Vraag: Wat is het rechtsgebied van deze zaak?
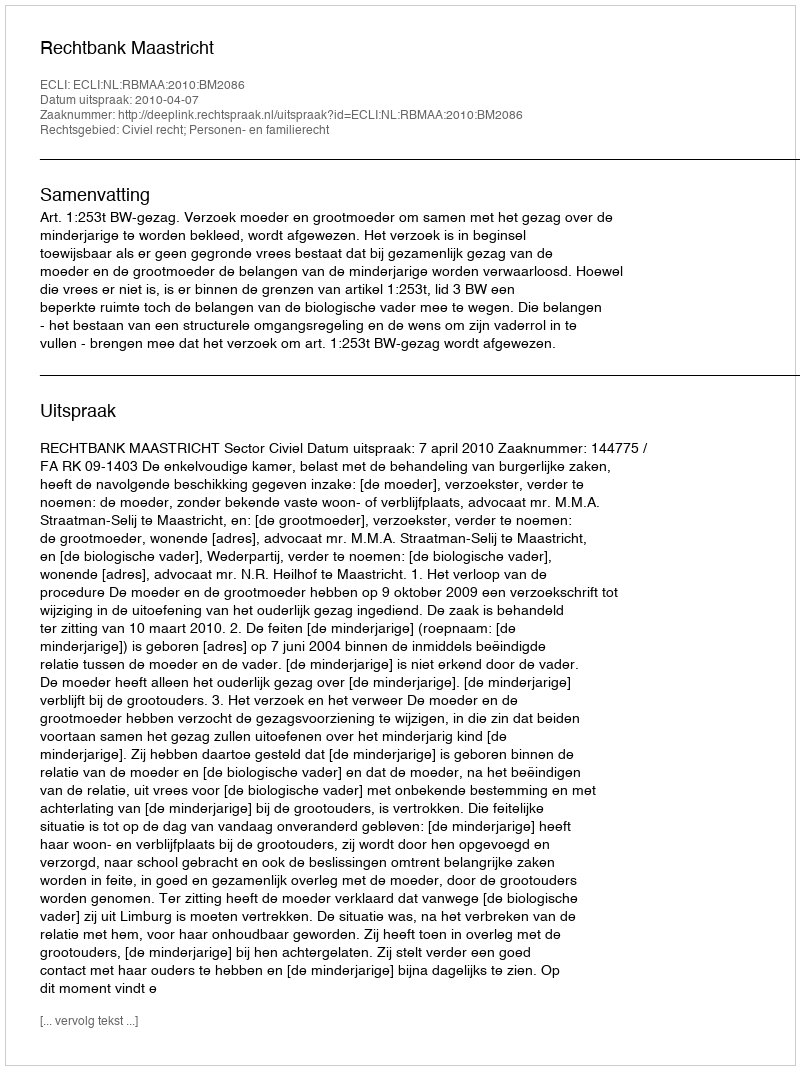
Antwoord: Civiel recht; Personen- en familierecht